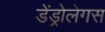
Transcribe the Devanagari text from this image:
डेंड्रोलेगस